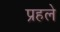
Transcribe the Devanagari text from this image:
प्रहले